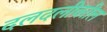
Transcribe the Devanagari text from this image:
दलदलीवरील